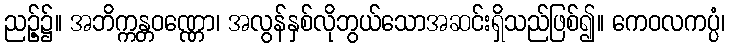
ညဉ့်၌။ အဘိက္ကန္တဝဏ္ဏော၊ အလွန်နှစ်လိုဘွယ်သောအဆင်းရှိသည်ဖြစ်၍။ ကေဝလကပ္ပံ၊